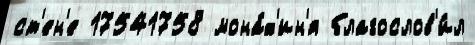
ст'ен'е 17541758 мона́х'ин'я благослов'и́л